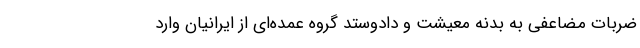
ضربات مضاعفی به بدنه معیشت و دادوستد گروه عمده‌ای از ایرانیان وارد